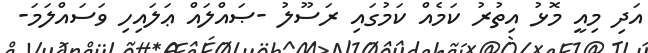
އަދި މިއީ މޮޅު އިތުރު ކަމެއް ކަމުގައި ރަސޫލު -ޞައްލައް ޢަލައިހި ވަސައްލަމަ-